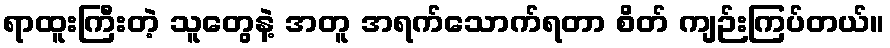
ရာထူးကြီးတဲ့ သူတွေနဲ့ အတူ အရက်သောက်ရတာ စိတ် ကျဉ်းကြပ်တယ်။